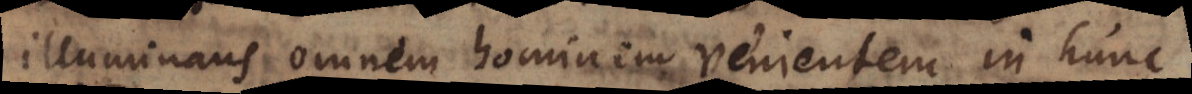
illuminans omnem hominem venientem in hunc